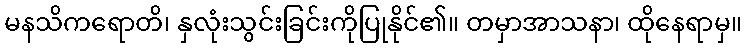
မနသိကရောတိ၊ နှလုံးသွင်းခြင်းကိုပြုနိုင်၏။ တမှာအာသနာ၊ ထိုနေရာမှ။